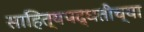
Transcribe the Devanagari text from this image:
साहित्यपद्धतीच्या